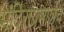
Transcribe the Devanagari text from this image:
मंदिरांप्रमाणेच